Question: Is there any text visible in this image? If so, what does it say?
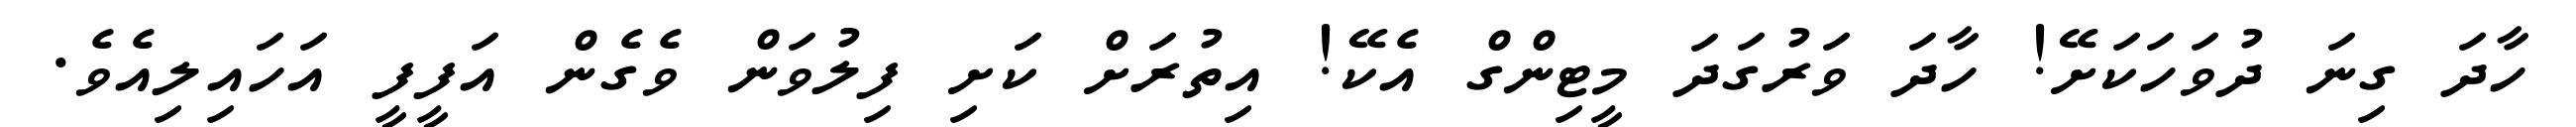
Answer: ހާދަ ގިނަ ދުވަހަކަށޭ! ހާދަ ވަރުގަދަ މީޓިންގް އެކޭ! އިތުރަށް ކަށި ފިލުވަން ވެގެން އަފީފީ އަހައިލިއެވެ.